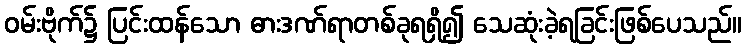
ဝမ်းဗိုက်၌ ပြင်းထန်သော ဓားဒဏ်ရာတစ်ခုရရှိ၍ သေဆုံးခဲ့ရခြင်းဖြစ်ပေသည်။